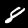
Label: 8